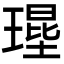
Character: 𤨱